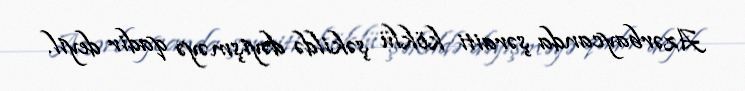
Azərbaycanda şəraiti köklü şəkildə dəyişməyə qadir deyil.